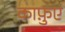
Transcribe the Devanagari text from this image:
काफ़ुए